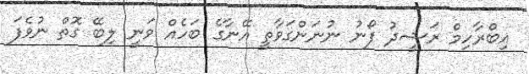
އިބްރާހިމް ރަޝީދު ފޯނު ނުނަންގަވާތީ އޭނާގެ ބަހެއް ވަނީ ލިބޭ ގޮތް ނުވެފަ